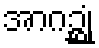
အာဂဉ္ဆုံ